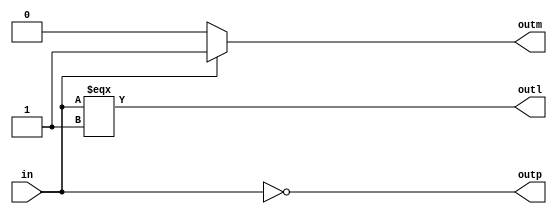
`timescale 1s/1s

module test(outp, outm, outl, in);
  output outp, outm, outl;
  input in;

  // Check a primitive.
  assign #1 outp = ~in;

  // Check a multiplexer.
  assign #1 outm = in ? in : 1'b0;

  // Check a LPM.
  assign #1 outl = in === 1'b1;
endmodule

// This is not exactly the same as the original code, but it is effectively
// the same and should test the same things that were failing.
`timescale 1ns/100ps

module top;
  reg in, passed;
  wire outp, outm, outl;

  test dut(outp, outm, outl, in);

  initial begin
    passed = 1'b1;

    #1100000000;
    if (outp !== 1'bx) begin
      $display("Failed initial prim. check, expected 1'bx, got %b.", outp);
      passed = 1'b0;
    end
    if (outm !== 1'bx) begin
      $display("Failed initial mux. check, expected 1'bx, got %b.", outm);
      passed = 1'b0;
    end
    if (outl !== 1'b0) begin
      $display("Failed initial LPM check, expected 1'b0, got %b.", outl);
      passed = 1'b0;
    end

    in = 0;
    #1100000000;
    if (outp !== 1'b1) begin
      $display("Failed in=0 prim. check, expected 1'b1, got %b.", outp);
      passed = 1'b0;
    end
    if (outm !== 1'b0) begin
      $display("Failed in=0 mux. check, expected 1'b0, got %b.", outm);
      passed = 1'b0;
    end
    if (outl !== 1'b0) begin
      $display("Failed in=0 LPM check, expected 1'b0, got %b.", outl);
      passed = 1'b0;
    end

    in = 1;
    #1100000000;
    if (outp !== 1'b0) begin
      $display("Failed in=1 prim. check, expected 1'b0, got %b.", outp);
      passed = 1'b0;
    end
    if (outm !== 1'b1) begin
      $display("Failed in=1 mux. check, expected 1'b1, got %b.", outm);
      passed = 1'b0;
    end
    if (outl !== 1'b1) begin
      $display("Failed in=1 LPM check, expected 1'b1, got %b.", outl);
      passed = 1'b0;
    end

    if (passed) $display("PASSED");

  end
endmodule